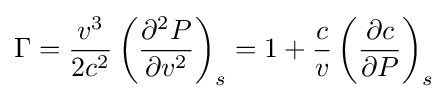
\Gamma ={\frac {v^{3}}{2c^{2}}}\left({\frac {\partial ^{2}P}{\partial v^{2}}}\right)_{s}=1+{\frac {c}{v}}\left({\frac {\partial c}{\partial P}}\right)_{s}